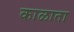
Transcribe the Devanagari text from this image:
काळाता